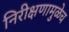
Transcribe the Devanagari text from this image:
निरीक्षणामुळेच